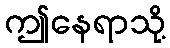
ဤနေရာသို့